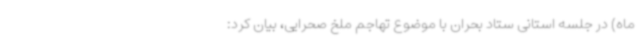
ماه) در جلسه استانی ستاد بحران با موضوع تهاجم ملخ صحرایی، بیان کرد: